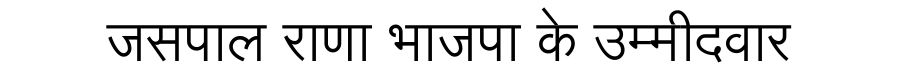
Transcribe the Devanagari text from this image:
जसपाल राणा भाजपा के उम्मीदवार